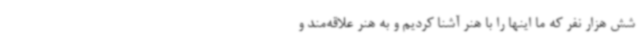
شش هزار نفر که ما اینها را با هنر آشنا کردیم و به هنر علاقه‌مند و